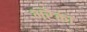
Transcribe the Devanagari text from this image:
भरैका